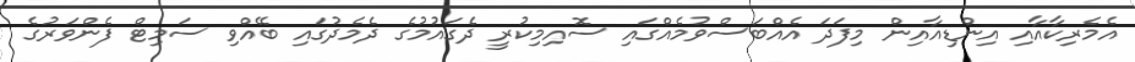
އެމެރިކާއާއި އިންޑިއާއިން މިފަދަ އެއްބަސްވުމެއްގައި ސޮއިމިކުރީ ދެގައުމުގެ ދެމެދުގައި ބޭއްވި ސަމިޓް ފެންވަރުގެ